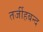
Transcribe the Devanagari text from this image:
तर्जीहबन्द